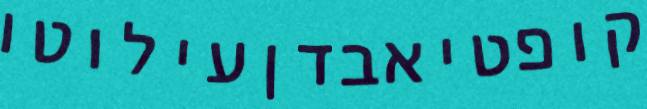
קופטיאבדןעילוטו